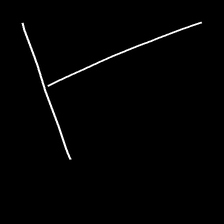
Glyph: column